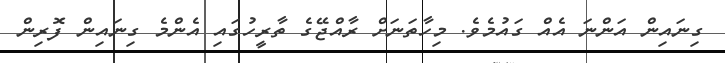
ގިނައިން އަންނަ އެއް ގައުމެވެ. މިހާތަނަށް ރާއްޖޭގެ ތާރީހުގައި އެންމެ ގިނައިން ފޮރިން